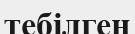
тебілген